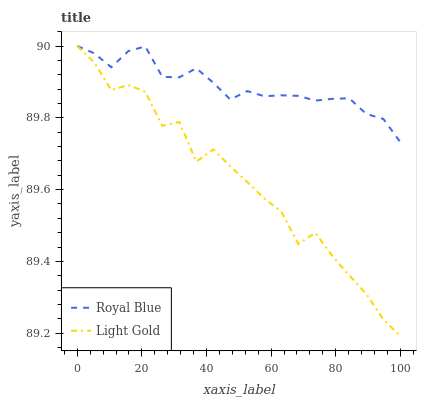
| xaxis_label | Royal Blue | Light Gold |
 | --- | --- | --- |
 | 0 | 90 | 90 |
 | 5.26 | 90 | 90 |
 | 10.5 | 89.9 | 89.9 |
 | 15.8 | 90 | 89.9 |
 | 21.1 | 90 | 89.9 |
 | 26.3 | 89.9 | 89.8 |
 | 31.6 | 89.9 | 89.8 |
 | 36.8 | 89.9 | 89.7 |
 | 42.1 | 89.9 | 89.7 |
 | 47.4 | 89.9 | 89.7 |
 | 52.6 | 89.9 | 89.6 |
 | 57.9 | 89.9 | 89.6 |
 | 63.2 | 89.9 | 89.5 |
 | 68.4 | 89.9 | 89.4 |
 | 73.7 | 89.8 | 89.5 |
 | 78.9 | 89.9 | 89.4 |
 | 84.2 | 89.9 | 89.4 |
 | 89.5 | 89.8 | 89.3 |
 | 94.7 | 89.8 | 89.2 |
 | 100 | 89.7 | 89.2 |